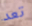
تعد